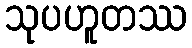
သုပဟူတဿ